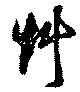
艸